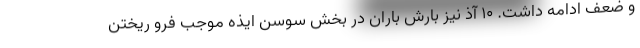
و ضعف ادامه داشت. ۱۰ آذ نیز بارش باران در بخش سوسن ایذه موجب فرو ریختن